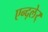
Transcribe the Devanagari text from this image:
एन्द्लेर्